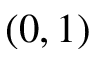
( 0 , 1 )